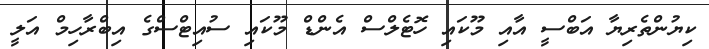
ކިޔުންތެރިޔާ އަބްސީ އާއި މޫކައި ހޮޓެލްސް އެންޑް މޫކައި ސުއިޓްސްގެ އިބްރާހިމް އަލީ